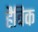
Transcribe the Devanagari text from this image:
हैविक